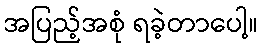
အပြည့်အစုံ ရခဲ့တာပေါ့။